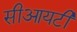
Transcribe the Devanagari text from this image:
सीआयटी